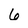
Character: 6